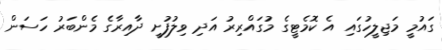
ގައުމީ މަޖިލީހުގައި އެ ކޮމެޓީގެ މުގައްރިރު އަދި ވިލުފުށީ ދާއިރާގެ މެންބަރު ހަސަން